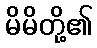
မိမိတို့၏